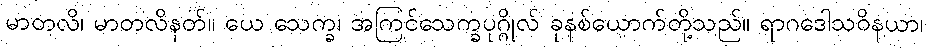
မာတလိ၊ မာတလိနတ်။ ယေ သေက္ခ၊ အကြင်သေက္ခပုဂ္ဂိုလ် ခုနစ်ယောက်တို့သည်။ ရာဂဒေါသဝိနယာ၊